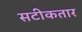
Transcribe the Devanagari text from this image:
सटीकतार